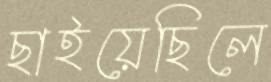
ছাইয়েছিলে